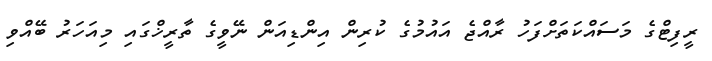
ރީފިޓްގެ މަސައްކަތަށްފަހު ރާއްޖެ އައުމުގެ ކުރިން އިންޑިއަން ނޭވީގެ ތާރީޚްގައި މިއަހަރު ބޭއްވި